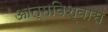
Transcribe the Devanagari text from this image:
आत्‍मविश्‍वास